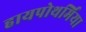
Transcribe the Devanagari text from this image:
हायपोथर्मिया